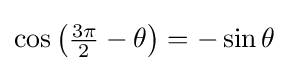
\cos \left({\tfrac {3\pi }{2}}-\theta \right)=-\sin \theta